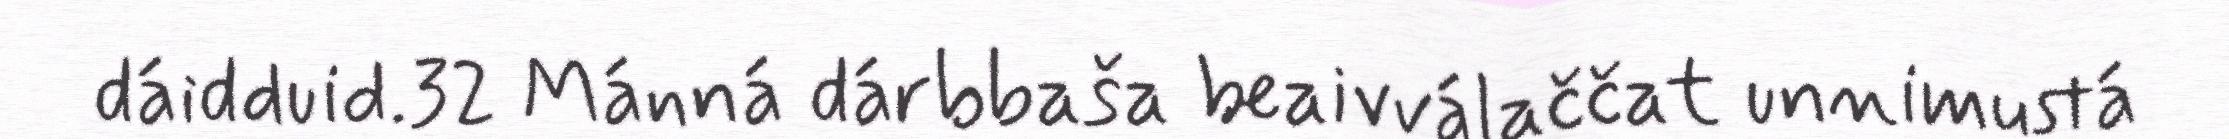
dáidduid.32 Mánná dárbbaša beaivválaččat unnimustá